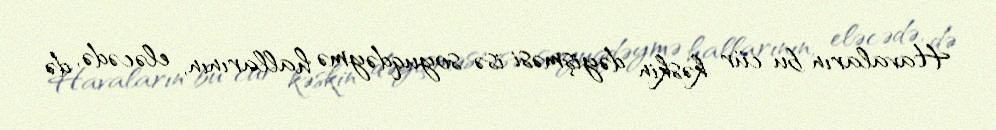
Havaların bu cür kəskin dəyişməsi isə soyuqdəymə hallarının, eləcədə, də